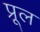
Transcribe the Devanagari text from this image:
प्रूल